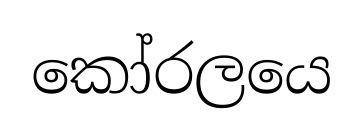
කෝරලයෙ